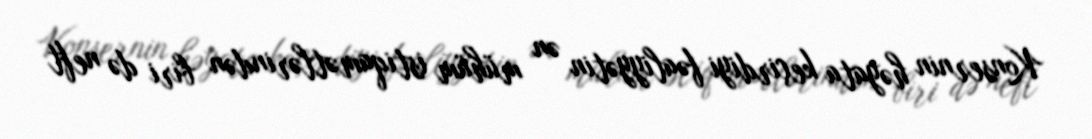
Konsernin həyata keçirdiyi fəaliyyətin ən mühüm istiqamətlərindən biri də neft